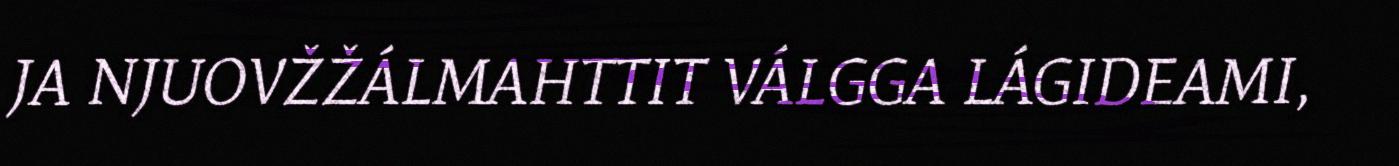
JA NJUOVŽŽÁLMAHTTIT VÁLGGA LÁGIDEAMI,